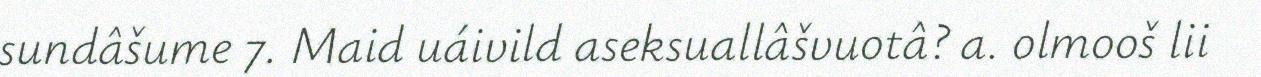
sundâšume 7. Maid uáivild aseksuallâšvuotâ? a. olmooš lii